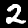
Label: 2